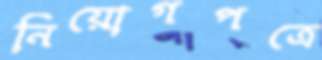
নিয়োগপত্রে